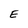
Character: E